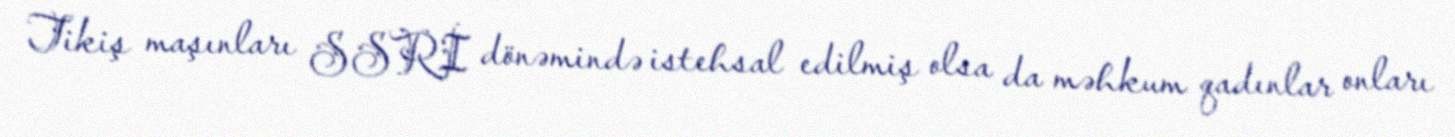
Tikiş maşınları SSRİ dönəmində istehsal edilmiş olsa da məhkum qadınlar onları